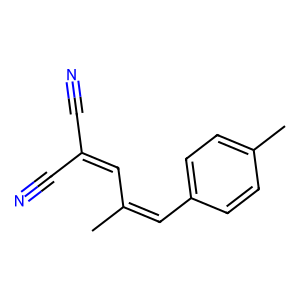
SMILES: CC(C=C(C#N)C#N)=Cc1ccc(C)cc1
Inhibits HIV replication: No